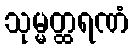
သုမ္မတ္ထရဏံ